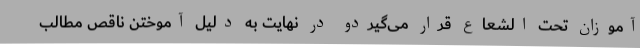
آموزان تحت الشعاع قرار می‌گیردو در نهایت به دلیل آموختن ناقص مطالب